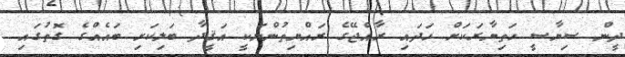
ދީން ސިޔާސީ ހަތިޔާރަކަށް ހަދައި ރާއްޖޭގެ ރައްޔިތުންނަކީ އަޤީދާ ބަލިކަށި ބައެއްގެ ގޮތުގައި